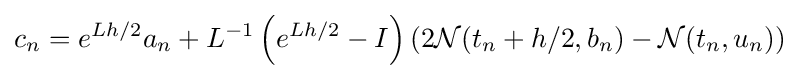
c_{n}=e^{Lh/2}a_{n}+L^{-1}\left(e^{Lh/2}-I\right)\left(2{\mathcal {N}}(t_{n}+h/2,b_{n})-{\mathcal {N}}(t_{n},u_{n})\right)